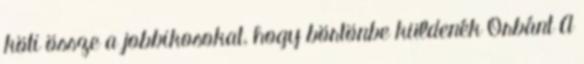
köti össze a jobbikosokat, hogy börtönbe küldenék Orbánt A